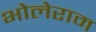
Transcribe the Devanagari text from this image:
भोलेराम